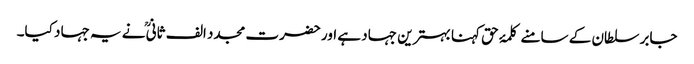
جابر سلطان کے سامنے کلمۂ حق کہنا بہترین جہاد ہے اور حضرت مجدد الف ثانیؒ نے یہ جہاد کیا۔